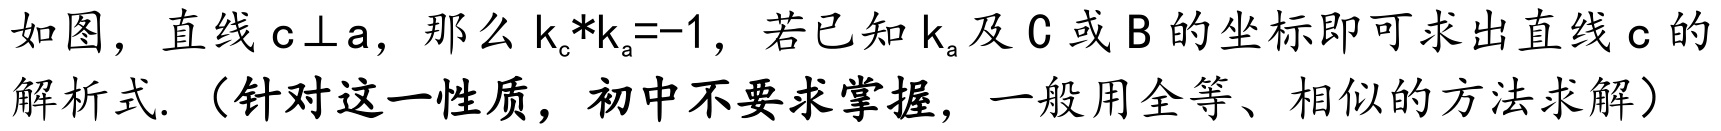
如图，直线$\mathrm{c}\perp\mathrm{a}$，那么$k_{\mathrm{c}}{*}k_{\mathrm{a}}{=}{-}1$，若已知$k_{\mathrm{a}}$及$\mathrm{C}$或$\mathrm{B}$的坐标即可求出直线$\mathrm{c}$的解析式.（针对这一性质，初中不要求掌握，一般用全等、相似的方法求解）